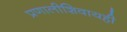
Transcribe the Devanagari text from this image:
प्रणालीशिवायही